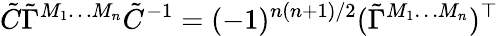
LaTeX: \tilde{C}\tilde{\Gamma}^{M_{1}\ldots M_{n}}\tilde{C}^{-1}=(-1)^{n(n+1)/2}(\tilde{\Gamma}^{M_{1}\ldots M_{n}})^{\top}